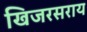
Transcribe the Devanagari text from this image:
खिजरसराय